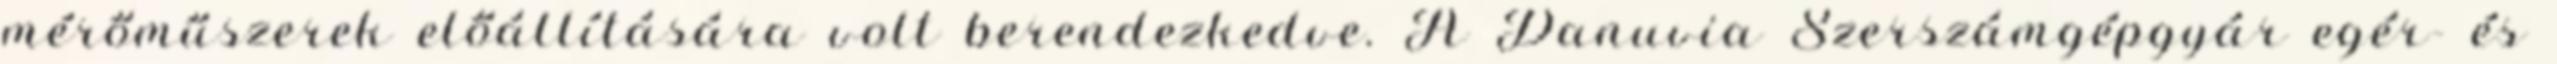
mérőműszerek előállítására volt berendezkedve. A Danuvia Szerszámgépgyár egér- és